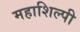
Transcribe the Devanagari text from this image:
महाशिल्पी